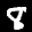
Label: 8